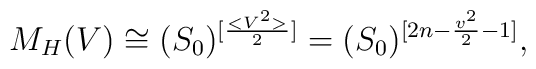
M_H(V)\cong (S_0)^{[\frac{<V^2>}{2}]}= (S_0)^{[2n-\frac{v^2}{2}-1]},